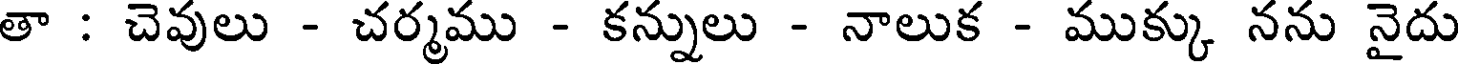
తా : చెవులు - చర్మము - కన్నులు - నాలుక - ముక్కు నను నైదు